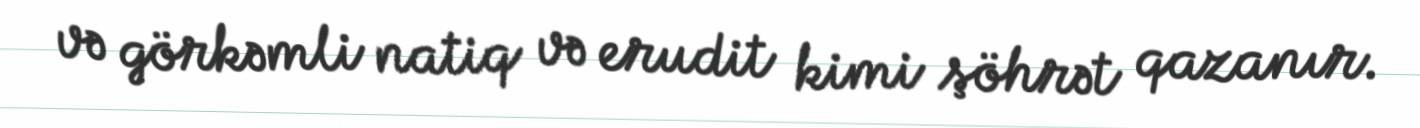
və görkəmli natiq və erudit kimi şöhrət qazanır.